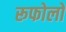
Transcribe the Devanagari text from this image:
रूफोलो